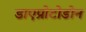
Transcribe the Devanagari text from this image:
डाएप्रोटोडोन